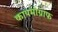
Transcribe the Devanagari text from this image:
कायमोग्राफ